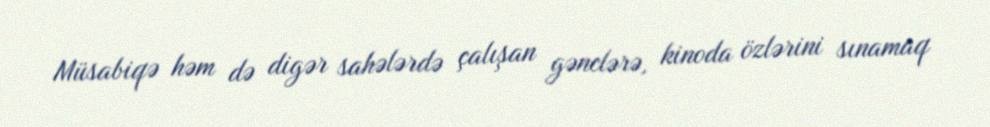
Müsabiqə həm də digər sahələrdə çalışan gənclərə, kinoda özlərini sınamaq